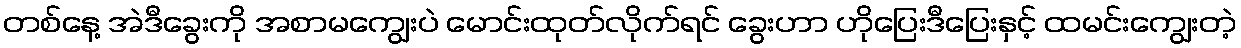
တစ်နေ့ အဲဒီခွေးကို အစာမကျွေးပဲ မောင်းထုတ်လိုက်ရင် ခွေးဟာ ဟိုပြေးဒီပြေးနှင့် ထမင်းကျွေးတဲ့